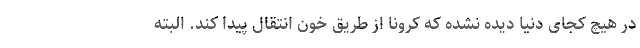
در هیچ کجای دنیا دیده نشده که کرونا از طریق خون انتقال پیدا کند. البته